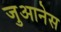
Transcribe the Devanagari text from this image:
जुआनेस